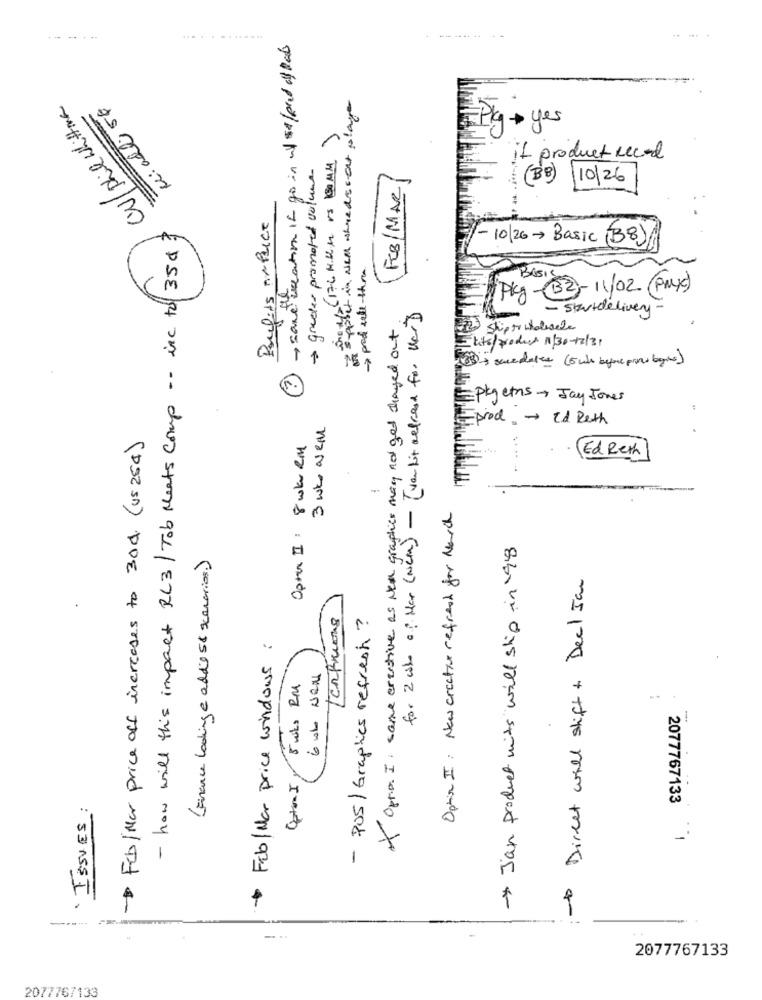
..........
- same tuation in go in w/50/and al abs
CV/Phie Whittma
u: adli 50
suppler in well whnedscent plage
C
Pkg + yes
> grader promoted volume
if product record
FEB/MAR/
(BB) 10/26
Paulits AMPLIce
- how will this impact RC3 /Tob Neats Comp .- inc to 35€ ?
-10/20- Basic (38)
-> pod rele-there
BASIS
Pkg-32- 11/02 (PA )
for 2 ch of Har (New) - [ van bit address for Uc]
- startdelivery -
X Optio. I. same creative as New graphics may not get changed out
Shipto wholesale
Elite/produce 1/30-12/31
(38 + saucedates (5 who beyonc pior byte)
Eptgets Jay Jones
3 WK Nem
Epod - 2d Reth
-Feb/Mar price off increases to 30d. (vs 254)
Opter II : 8 wk RM
Ed Reth
Option II: New creative refresh for Mach
-> Jan product mits will ship in 98
(Finance looking e addis 58 scenarios.)
- Direct will shift + Deal Jan
Tentions
- PUS/ Graphics refresh ?
+ Feb/Mar price windows :
6 UL Neu
Option I 5 wks RM
· ISSUES:
2077767133
-..
2077767133
2077767133